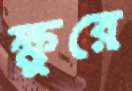
ক্ষুরে